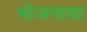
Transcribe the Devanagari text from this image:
भोजनाचा